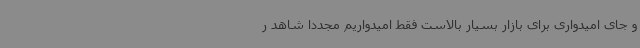
و جای امیدواری برای بازار بسیار بالاست فقط امیدواریم مجددا شاهد ر